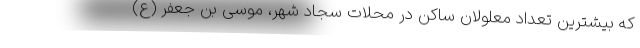
که بیشترین تعداد معلولان ساکن در محلات سجاد شهر، موسی بن جعفر (ع)